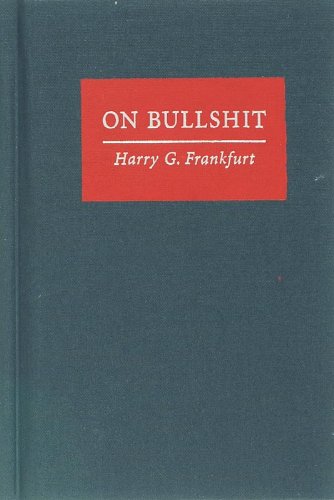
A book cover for On Bullshit; Harry G. Frankfurt; Politics & Social Sciences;